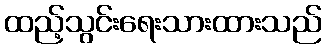
ထည့်သွင်းရေးသားထားသည်